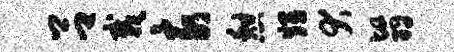
吕栽亥憩甥犬翳